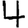
Digit: 4